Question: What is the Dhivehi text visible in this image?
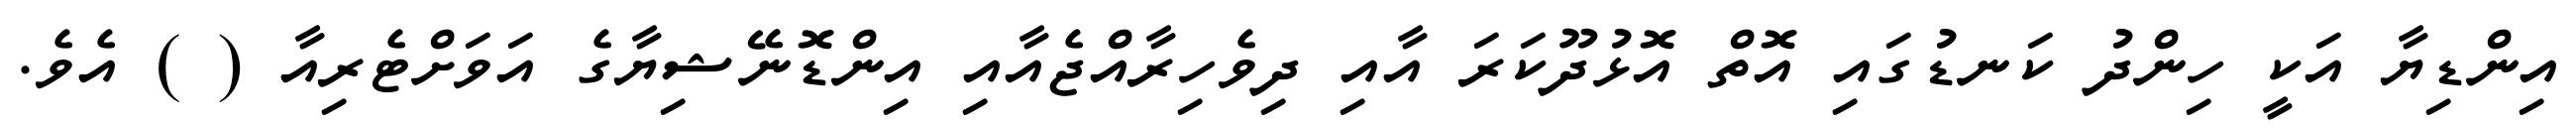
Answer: އިންޑިޔާ އަކީ ހިންދު ކަނޑުގައި އޮތް އޮޅުދޫކަރަ އާއި ދިވެހިރާއްޖެއާއި އިންޑޮނޭޝިޔާގެ އަވަށްޓެރިއާ ( ) އެވެ.